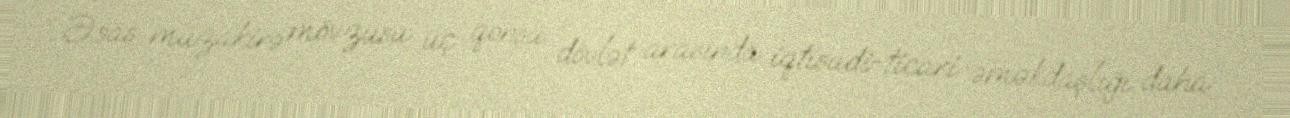
Əsas müzakirə mövzusu üç qonşu dövlət arasında iqtisadi-ticari əməkdaşlığı daha